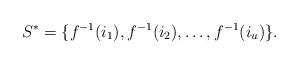
LaTeX: \begin{align*}S^* = \{ f^{-1}(i_1), f^{-1}(i_2),\ldots, f^{-1}(i_u) \}.\end{align*}